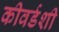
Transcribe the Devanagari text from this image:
कीवर्डशी